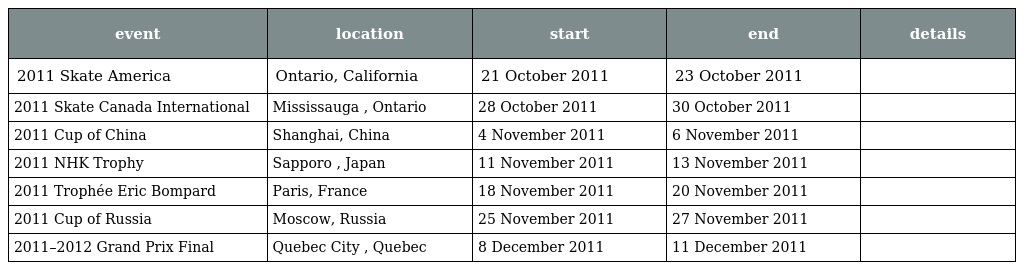
| event | location | start | end | details |
 | --- | --- | --- | --- | --- |
 | 2011 Skate America | Ontario, California | 21 October 2011 | 23 October 2011 |  |
 | 2011 Skate Canada International | Mississauga , Ontario | 28 October 2011 | 30 October 2011 |  |
 | 2011 Cup of China | Shanghai, China | 4 November 2011 | 6 November 2011 |  |
 | 2011 NHK Trophy | Sapporo , Japan | 11 November 2011 | 13 November 2011 |  |
 | 2011 Trophée Eric Bompard | Paris, France | 18 November 2011 | 20 November 2011 |  |
 | 2011 Cup of Russia | Moscow, Russia | 25 November 2011 | 27 November 2011 |  |
 | 2011–2012 Grand Prix Final | Quebec City , Quebec | 8 December 2011 | 11 December 2011 |  |